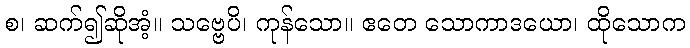
စ၊ ဆက်၍ဆိုအံ့။ သဗ္ဗေပိ၊ ကုန်သော။ ဧတေ သောကာဒယော၊ ထိုသောက